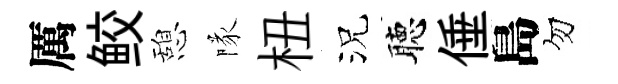
厲鲛憩隊杻況聴倕島勿